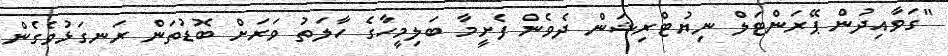
"ގަވާއިދުން ޕޭރަންޓަލް ނިޔުޓްރިޝަން ދެވެން ފެށީމާ ބަލިމީހާގެ ހާލަތު ވަރަށް ބޮޑުތަން ރަނގަޅުވެގެން